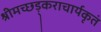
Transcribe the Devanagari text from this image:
श्रीमच्छड़्कराचार्यकृतं